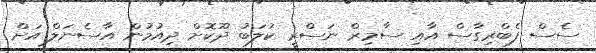
ސެސް ފެބްރިގާސް އާއި ސާމިރް ނަސްރީ ކުލަބު ދޫކޮށް ދިއުމުން އާސެނަލް އަށް